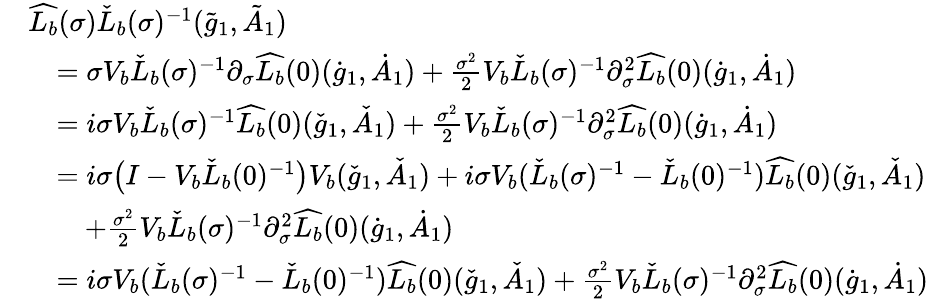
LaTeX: \begin{array}{rl}&{\widehat{L_{b}}(\sigma)\check{L}_{b}(\sigma)^{-1}(\tilde{g}_{1},\tilde{A}_{1})}\\ &{\quad=\sigma V_{b}\check{L}_{b}(\sigma)^{-1}\partial_{\sigma}\widehat{L_{b}}(0)(\dot{g}_{1},\dot{A}_{1})+\frac{\sigma^{2}}{2}V_{b}\check{L}_{b}(\sigma)^{-1}\partial_{\sigma}^{2}\widehat{L_{b}}(0)(\dot{g}_{1},\dot{A}_{1})}\\ &{\quad=i\sigma V_{b}\check{L}_{b}(\sigma)^{-1}\widehat{L_{b}}(0)(\check{g}_{1},\check{A}_{1})+\frac{\sigma^{2}}{2}V_{b}\check{L}_{b}(\sigma)^{-1}\partial_{\sigma}^{2}\widehat{L_{b}}(0)(\dot{g}_{1},\dot{A}_{1})}\\ &{\quad=i\sigma\big(I-V_{b}\check{L}_{b}(0)^{-1}\big)V_{b}(\check{g}_{1},\check{A}_{1})+i\sigma V_{b}(\check{L}_{b}(\sigma)^{-1}-\check{L}_{b}(0)^{-1})\widehat{L_{b}}(0)(\check{g}_{1},\check{A}_{1})}\\ &{\quad\quad+\frac{\sigma^{2}}{2}V_{b}\check{L}_{b}(\sigma)^{-1}\partial_{\sigma}^{2}\widehat{L_{b}}(0)(\dot{g}_{1},\dot{A}_{1})}\\ &{\quad=i\sigma V_{b}(\check{L}_{b}(\sigma)^{-1}-\check{L}_{b}(0)^{-1})\widehat{L_{b}}(0)(\check{g}_{1},\check{A}_{1})+\frac{\sigma^{2}}{2}V_{b}\check{L}_{b}(\sigma)^{-1}\partial_{\sigma}^{2}\widehat{L_{b}}(0)(\dot{g}_{1},\dot{A}_{1})}\end{array}